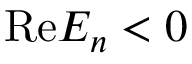
\mathrm { R e } E _ { n } < 0